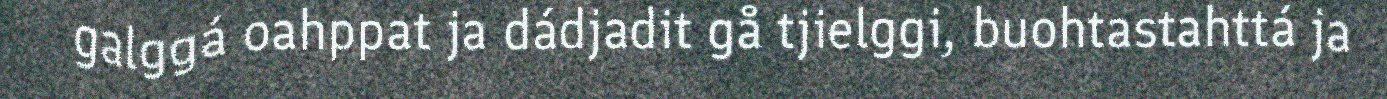
galggá oahppat ja dádjadit gå tjielggi, buohtastahttá ja